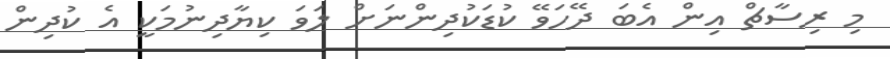
މި ރިސާޗް އިން އެބަ ދޭހަވޭ ކުޑަކުދިންނަށް ލަވަ ކިޔާދިނުމަކީ އެ ކުދިން